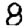
Digit: 8